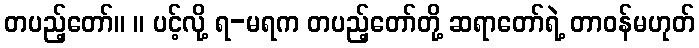
တပည့်တော်။ ။ ပင့်လို့ ရ-မရက တပည့်တော်တို့ ဆရာတော်ရဲ့ တာဝန်မဟုတ်